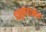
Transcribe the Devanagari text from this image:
हनुमंतानेच